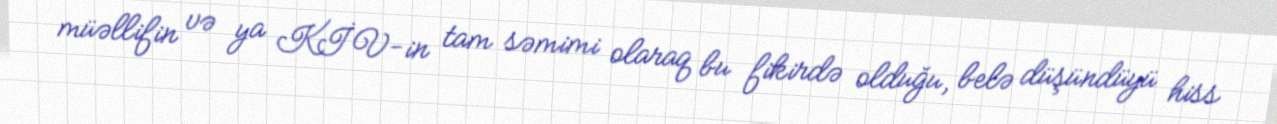
müəllifin və ya KİV-in tam səmimi olaraq bu fikirdə olduğu, belə düşündüyü hiss